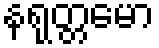
နရုတ္တမော